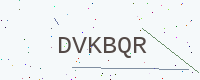
Text: DVKBQR